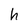
Character: h